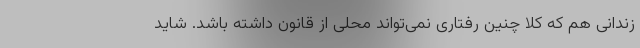
زندانی هم که کلا چنین رفتاری نمی‌تواند محلی از قانون داشته باشد. شاید